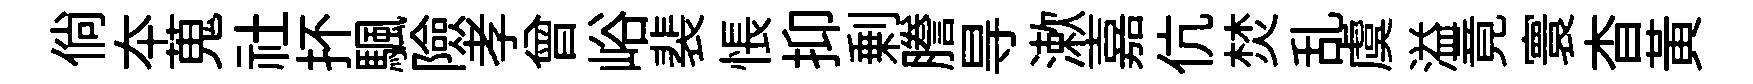
倘夲蒐社抔颿險孝曾峪裴悵抑剰謄㝵漱嘉伉焚乱虞溢竟寰杳黄